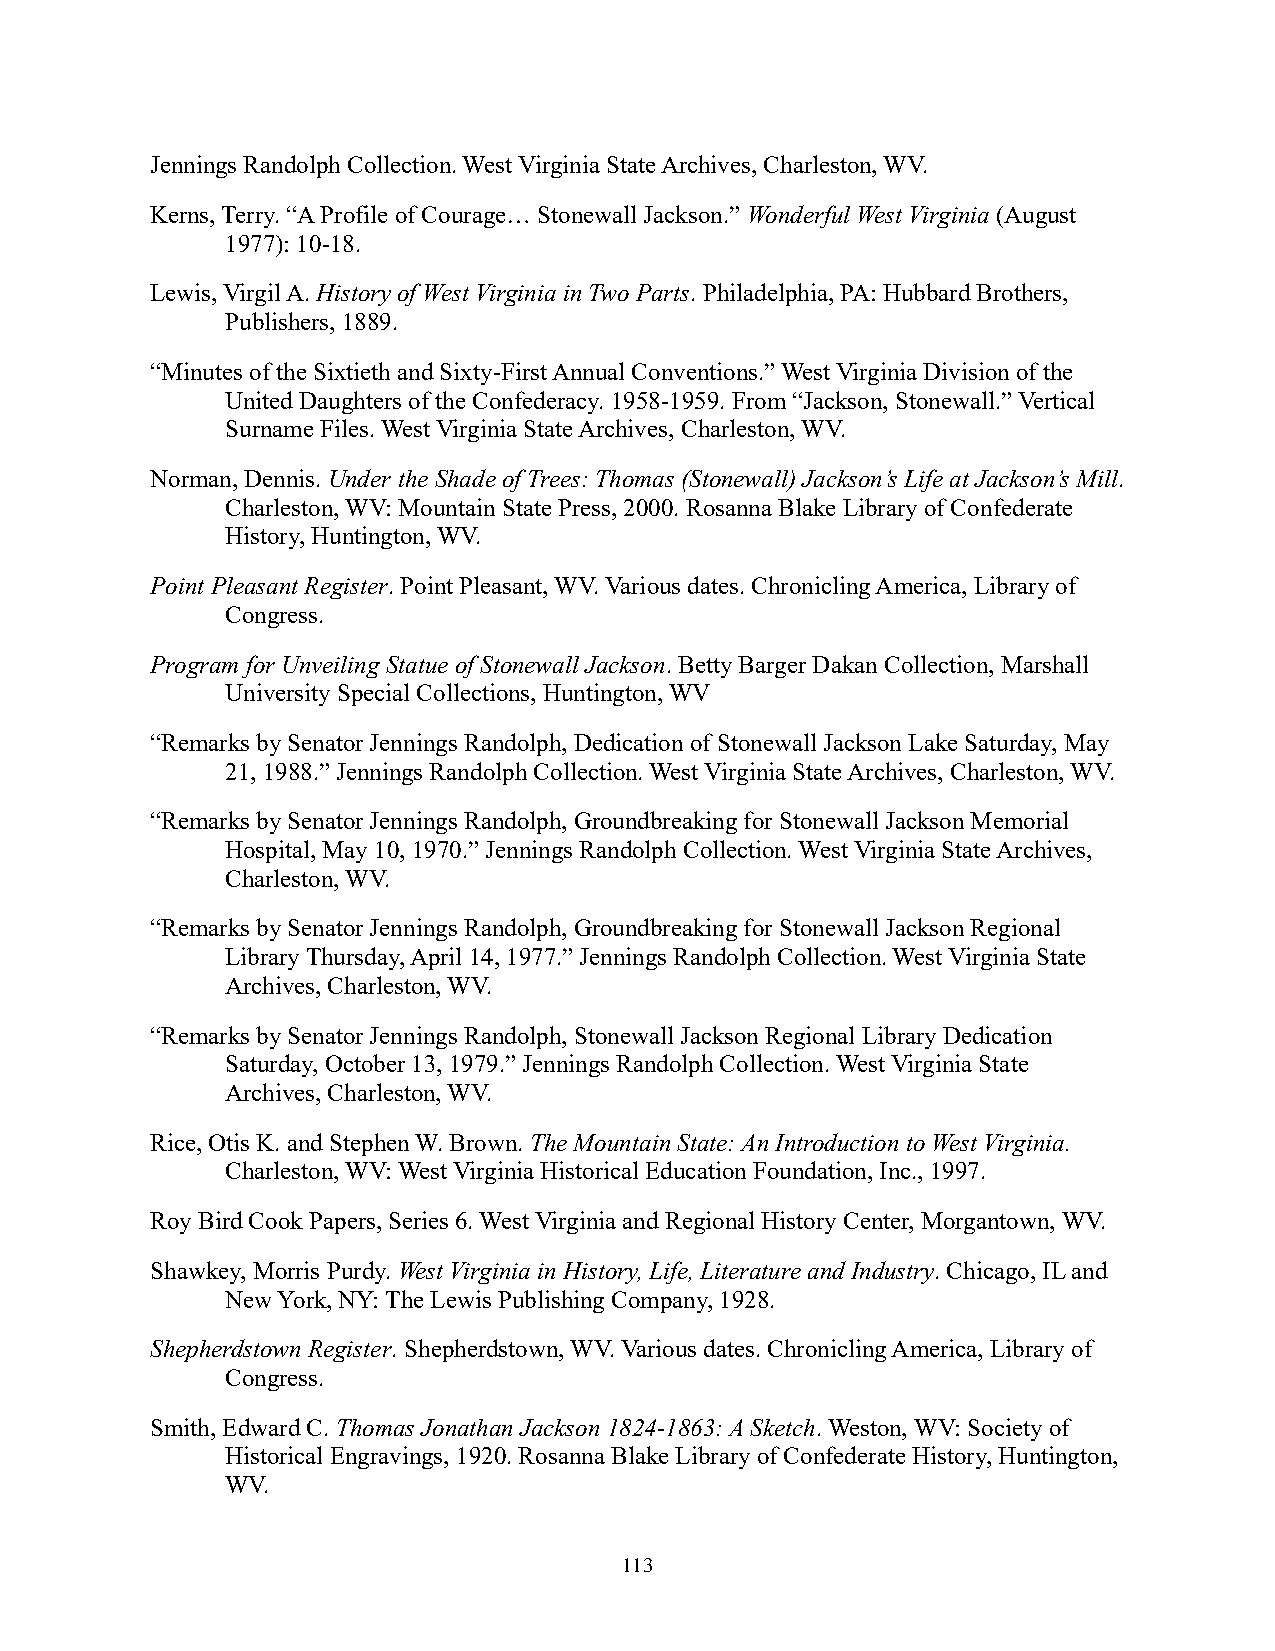
Jennings Randolph Collection. West Virginia State Archives, Charleston, WV.
 Kerns, Terry. “A Profile of Courage… Stonewall Jackson.” Wonderful West Virginia (August
 1977): 10-18.
 Lewis, Virgil A. History of West Virginia in Two Parts. Philadelphia, PA: Hubbard Brothers,
 Publishers, 1889.
 “Minutes of the Sixtieth and Sixty-First Annual Conventions.” West Virginia Division of the
 United Daughters of the Confederacy. 1958-1959. From “Jackson, Stonewall.” Vertical
 Surname Files. West Virginia State Archives, Charleston, WV.
 Norman, Dennis. Under the Shade of Trees: Thomas (Stonewall) Jackson’s Life at Jackson’s Mill.
 Charleston, WV: Mountain State Press, 2000. Rosanna Blake Library of Confederate
 History, Huntington, WV.
 Point Pleasant Register. Point Pleasant, WV. Various dates. Chronicling America, Library of
 Congress.
 Program for Unveiling Statue of Stonewall Jackson. Betty Barger Dakan Collection, Marshall
 University Special Collections, Huntington, WV
 “Remarks by Senator Jennings Randolph, Dedication of Stonewall Jackson Lake Saturday, May
 21, 1988.” Jennings Randolph Collection. West Virginia State Archives, Charleston, WV.
 “Remarks by Senator Jennings Randolph, Groundbreaking for Stonewall Jackson Memorial
 Hospital, May 10, 1970.” Jennings Randolph Collection. West Virginia State Archives,
 Charleston, WV.
 “Remarks by Senator Jennings Randolph, Groundbreaking for Stonewall Jackson Regional
 Library Thursday, April 14, 1977.” Jennings Randolph Collection. West Virginia State
 Archives, Charleston, WV.
 “Remarks by Senator Jennings Randolph, Stonewall Jackson Regional Library Dedication
 Saturday, October 13, 1979.” Jennings Randolph Collection. West Virginia State
 Archives, Charleston, WV.
 Rice, Otis K. and Stephen W. Brown. The Mountain State: An Introduction to West Virginia.
 Charleston, WV: West Virginia Historical Education Foundation, Inc., 1997.
 Roy Bird Cook Papers, Series 6. West Virginia and Regional History Center, Morgantown, WV.
 Shawkey, Morris Purdy. West Virginia in History, Life, Literature and Industry. Chicago, IL and
 New York, NY: The Lewis Publishing Company, 1928.
 Shepherdstown Register. Shepherdstown, WV. Various dates. Chronicling America, Library of
 Congress.
 Smith, Edward C. Thomas Jonathan Jackson 1824-1863: A Sketch. Weston, WV: Society of
 Historical Engravings, 1920. Rosanna Blake Library of Confederate History, Huntington,
 WV.
 113